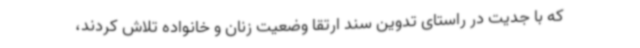
که با جدیت در راستای تدوین سند ارتقا وضعیت زنان و خانواده تلاش کردند،